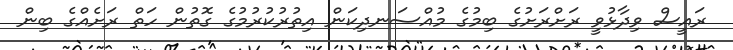
ރައީސް ވިދާޅުވީ ރަށްރަށުގެ ބިމުގެ މުއްސަނދިކަން އިތުރުކުރުމުގެ ގޮތުން ހަތް ރަށެއްގެ ބިން